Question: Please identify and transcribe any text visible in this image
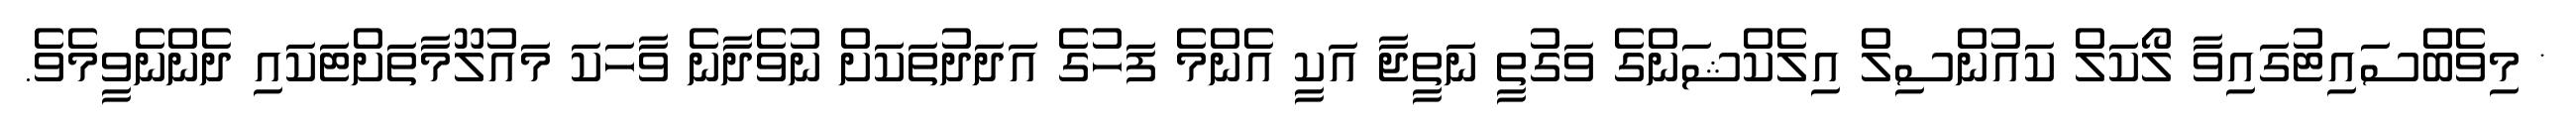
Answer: * މިވެބްސައިޓުގައިވާ ލޯކަލް ކައުންސިލް އިލެކްޝަންގެ ވަގުތީ ނަތީޖާ އަކީ އެންމެ ފަހުގެ އަދަދުތަކަށް ނުވެދާނެ ވާހަކަ މައުލޫމާތަށްޓަކައި ދެންނެވީމެވެ.